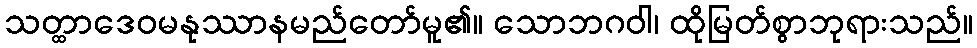
သတ္ထာဒေဝမနုဿာနမည်တော်မူ၏။ သောဘဂဝါ၊ ထိုမြတ်စွာဘုရားသည်။